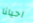
احيانا